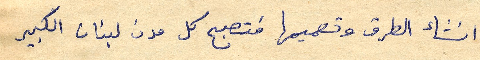
انشاء الطرق وتصميمها فتصبح كل مدن لبنان الكبير